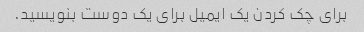
برای چک کردن یک ایمیل برای یک دوست بنویسید.